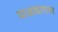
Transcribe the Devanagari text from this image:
याआधारावर